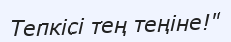
Тепкісі тең теңіне!"